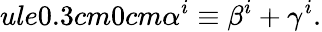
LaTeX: ule{0.3cm}{0cm}\alpha^{i}\equiv\beta^{i}+\gamma^{i}.